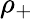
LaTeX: \rho_{+}